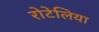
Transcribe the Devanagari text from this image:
रोटेलिया